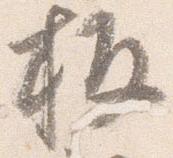
板